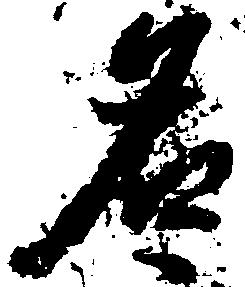
名